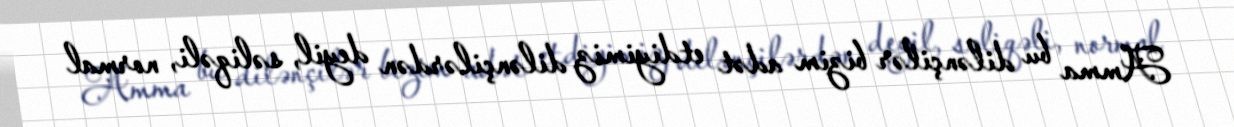
Amma bu dilənçilər bizim adət etdiyimiz dilənçilərdən deyil, səliqəli, normal